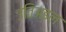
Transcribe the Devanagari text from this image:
उतिअइल